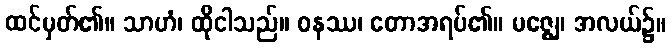
ထင်မှတ်၏။ သာဟံ၊ ထိုငါသည်။ ဝနဿ၊ တောအရပ်၏။ မဇ္ဈေ၊ အလယ်၌။